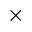
\times